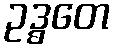
ဥဒ္ဓတေ